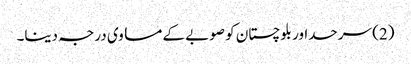
(2) سرحداور بلوچستان کو صوبے کے مساوی درجہ دینا۔